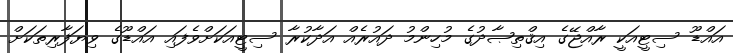
އައްޑޫ ސިޓީއަކީ ރާއްޖޭގެ އިޤްތިޞާދުގެ މުހިންމު ދައުރެއް އަދާކުރާ ސިޓީއަކަށްވެފައި އައްޑޫގެ ވިޔަފާރިތަކަށް